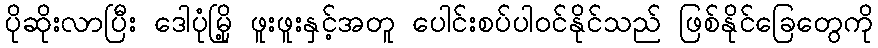
ပိုဆိုးလာပြီး ဒေါပုံမြို့ ဖူးဖူးနှင့်အတူ ပေါင်းစပ်ပါဝင်နိုင်သည် ဖြစ်နိုင်ခြေတွေကို